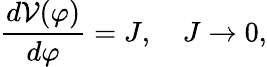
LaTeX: \frac{d{\cal V}(\varphi)}{d\varphi}=J,\quad J\to 0,